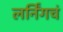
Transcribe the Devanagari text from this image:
लर्निंगचं